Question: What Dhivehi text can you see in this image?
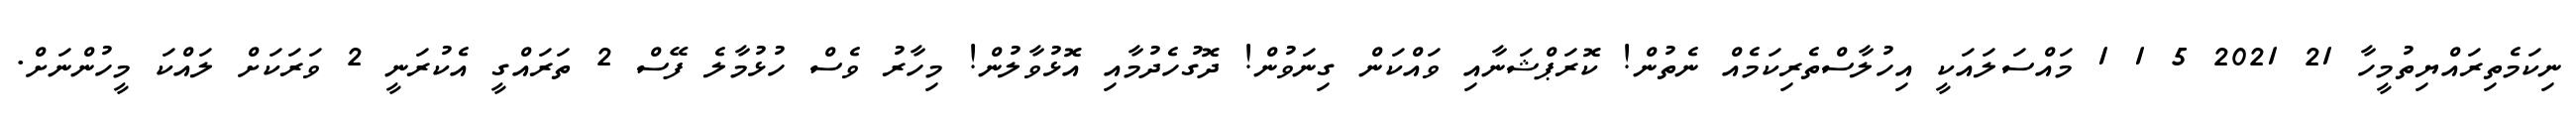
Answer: ނިކަމެތިރައްޔިތުމީހާ 21 2021 5 1 1 މައްސަލައަކީ އިހުލާސްތެރިކަމެއް ނެތުން! ކޮރަޕްޝަނާއި ވައްކަން ގިނަވުން! ދޮގުހެދުމާއި އޮޅުވާލުން! މިހާރު ވެސް ހުޅުމާލެ ފޭސް 2 ތަރައްގީ އެކުރަނީ 2 ވަރަކަށް ލައްކަ މީހުންނަށް.